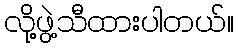
လို့ဖွဲ့သီထားပါတယ်။